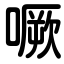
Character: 噘